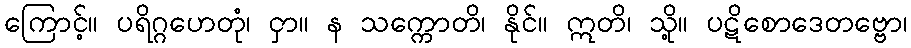
ကြောင့်။ ပရိဂ္ဂဟေတုံ၊ ငှာ။ န သက္ကောတိ၊ နိုင်။ ဣတိ၊ သို့။ ပဋိစောဒေတဗ္ဗော၊